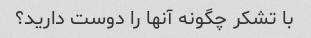
با تشکر چگونه آنها را دوست دارید؟